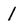
Character: l